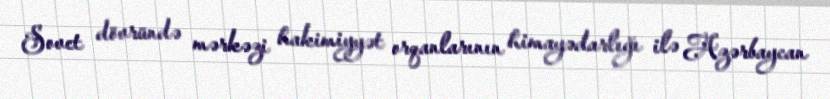
Sovet dövründə mərkəzi hakimiyyət orqanlarının himayədarlığı ilə Azərbaycan